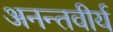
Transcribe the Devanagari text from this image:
अनन्तवीर्य